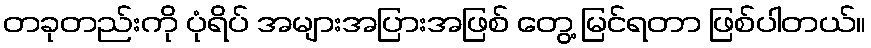
တခုတည်းကို ပုံရိပ် အများအပြားအဖြစ် တွေ့ မြင်ရတာ ဖြစ်ပါတယ်။